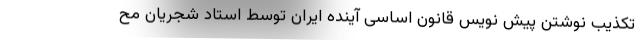
تکذیب نوشتن پیش نویس قانون اساسی آینده ایران توسط استاد شجریان مح